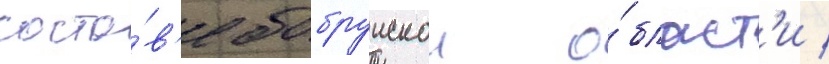
соста́в'е бобруискои о́бласт'и /